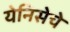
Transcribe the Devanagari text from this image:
येनिसेचे